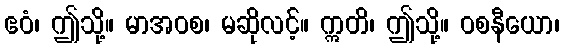
ဧဝံ၊ ဤသို့။ မာအဝစ၊ မဆိုလင့်။ ဣတိ၊ ဤသို့။ ဝစနီယော၊